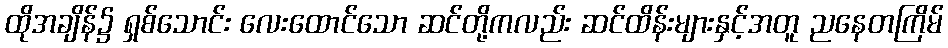
ထိုအချိန်၌ ရှစ်သောင်း လေးထောင်သော ဆင်တို့ကလည်း ဆင်ထိန်းများနှင့်အတူ ညနေတကြိမ်